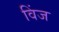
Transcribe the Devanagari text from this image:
विंज